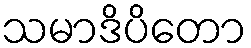
သမာဒိပိတော